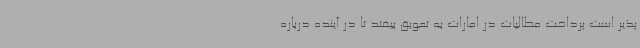
پذیر است پرداخت مطالبات در امارات به تعویق بیفتد تا در آینده درباره